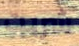
شربت